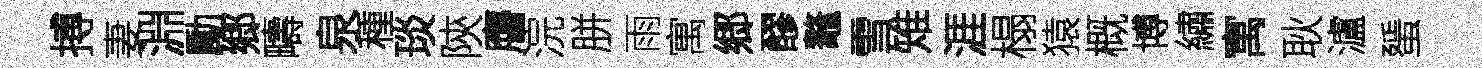
搏妻淵勵郷疇泉種琰陝譍浣胼雨寓郷醪鼇雪雉涯榻猿概博繡寓耿瀘蜑